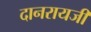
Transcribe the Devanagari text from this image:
दानरायजी